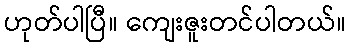
ဟုတ်ပါပြီ။ ကျေးဇူးတင်ပါတယ်။